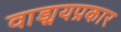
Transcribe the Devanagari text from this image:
वाड्मयप्रकार